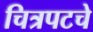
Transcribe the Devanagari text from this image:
चित्रपटचे